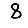
Digit: 8